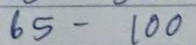
65 - 100